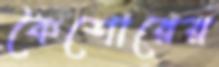
কৈশোরের